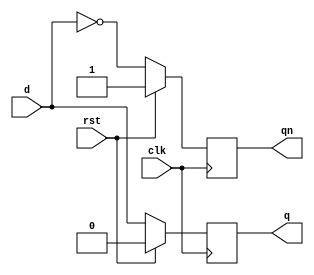
//synchronous reset Flip-Flop D

module dff(d, clk, rst, q, qn);

	input d, clk, rst;	
	output q, qn;
	reg q, qn;

	always @ (posedge clk)
		begin
		if (rst) begin
			q <= 1'b0; 
			qn <= 1'b1;
		end else begin
			q <= d;
			qn <= !d;
		end
	end

endmodule